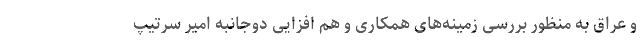
و عراق به منظور بررسی زمینه‌های همکاری و هم افزایی دوجانبه امیر سرتیپ